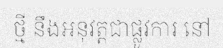
ថ្មី នឹងអនុវត្តជាផ្លូវការ នៅ